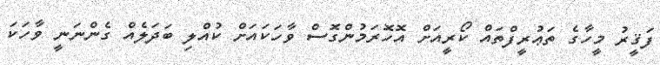
ފަޤީރު މީހާގެ ތަޢުރީފްތައް ކޯރީއަށް އޮހޮރަމުންގޮސް ވާހަކައަށް ކުއްލި ބަދަލެއް ގެންނަނީ ވާހަކަ